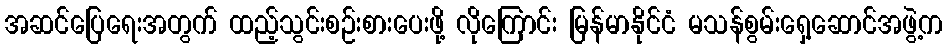
အဆင်ပြေရေးအတွက် ထည့်သွင်းစဉ်းစားပေးဖို့ လိုကြောင်း မြန်မာနိုင်ငံ မသန်စွမ်းရှေ့ဆောင်အဖွဲ့က